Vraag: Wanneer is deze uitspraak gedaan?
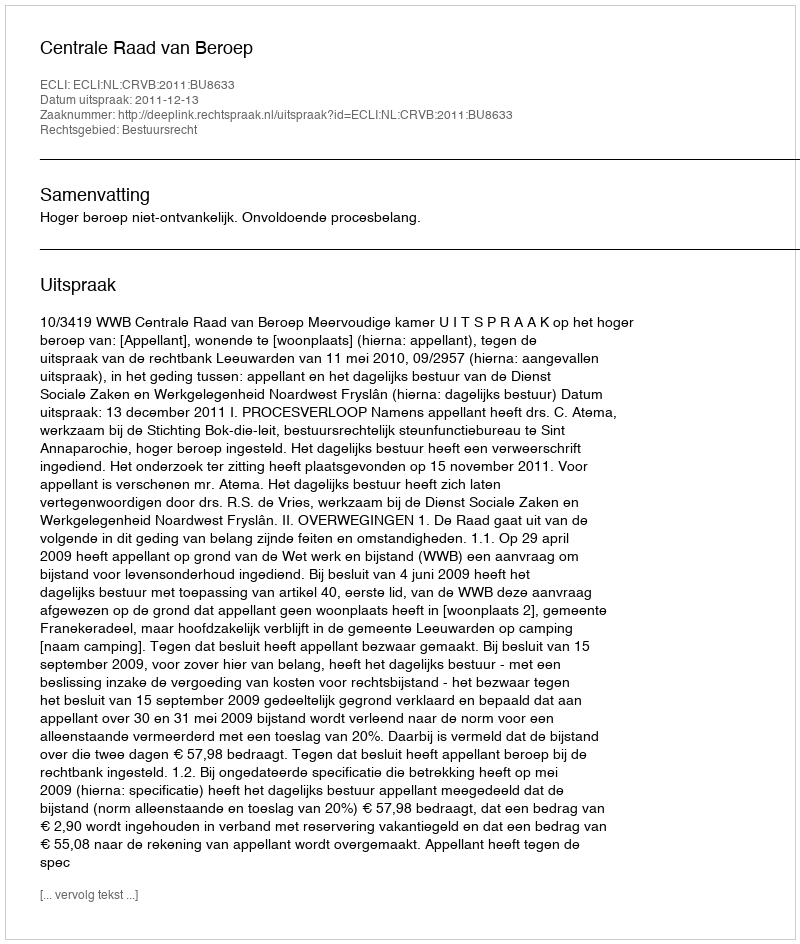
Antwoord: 2011-12-13